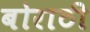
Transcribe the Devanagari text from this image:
बोराठी